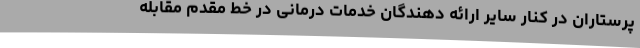
پرستاران در کنار سایر ارائه دهندگان خدمات درمانی در خط مقدم مقابله